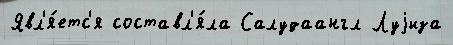
Явл'я́етс'я составл'я́ла Салудаангл Луjиза